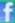
f